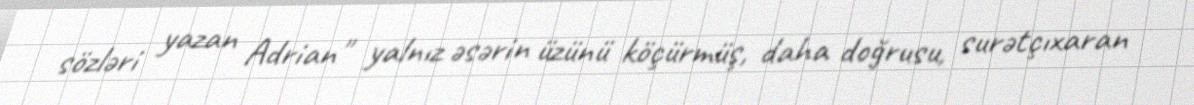
sözləri yazan Adrian" yalnız əsərin üzünü köçürmüş, daha doğrusu, surətçıxaran